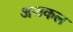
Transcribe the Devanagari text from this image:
अजकल